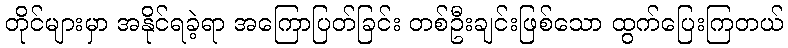
တိုင်များမှာ အနိုင်ရခဲ့ရာ အကြောပြတ်ခြင်း တစ်ဦးချင်းဖြစ်သော ထွက်ပြေးကြတယ်